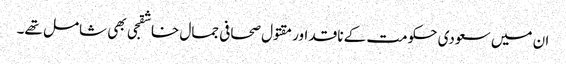
ان میں سعودی حکومت کے ناقد اور مقتول صحافی جمال خاشقجی بھی شامل تھے۔